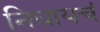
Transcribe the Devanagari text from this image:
निघायचं